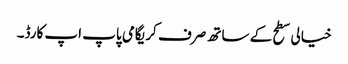
خیالی سطح کے ساتھ صرف کریگامی پاپ اپ کارڈ۔